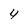
Character: 4